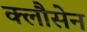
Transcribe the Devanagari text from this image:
क्लौसेन